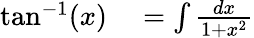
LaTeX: \begin{array}{rl}{\tan^{-1}(x)}&{{}=\int{\frac{dx}{1+x^{2}}}}\end{array}